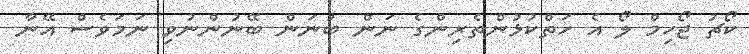
ކޯޗު ޖޯހިމް ލޯ އެ ހަތްކުޅުންތެރިންގެ ނަން ބުނަން ބޭނުންނުވި ނަމަވެސް އޭނާ